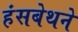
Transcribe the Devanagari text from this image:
हंसबेथने